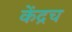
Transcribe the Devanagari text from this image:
केंद्रच